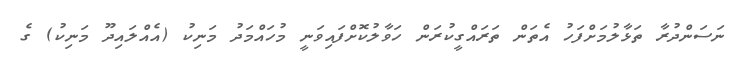
ނަސަންދުރާ ތަޅާލުމަށްފަހު އެތަން ތަރައްގީކުރަން ހަވާލުކޮށްފައިވަނީ މުހައްމަދު މަނިކު (އެއްލައިދޫ މަނިކު) ގެ